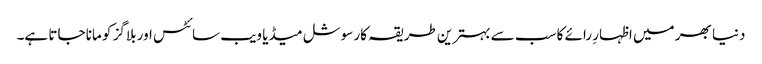
دنیا بھر میں اظہارِ رائے کا سب سے بہترین طریقہ کار سوشل میڈیا ویب سائٹس اور بلاگز کو مانا جاتا ہے۔